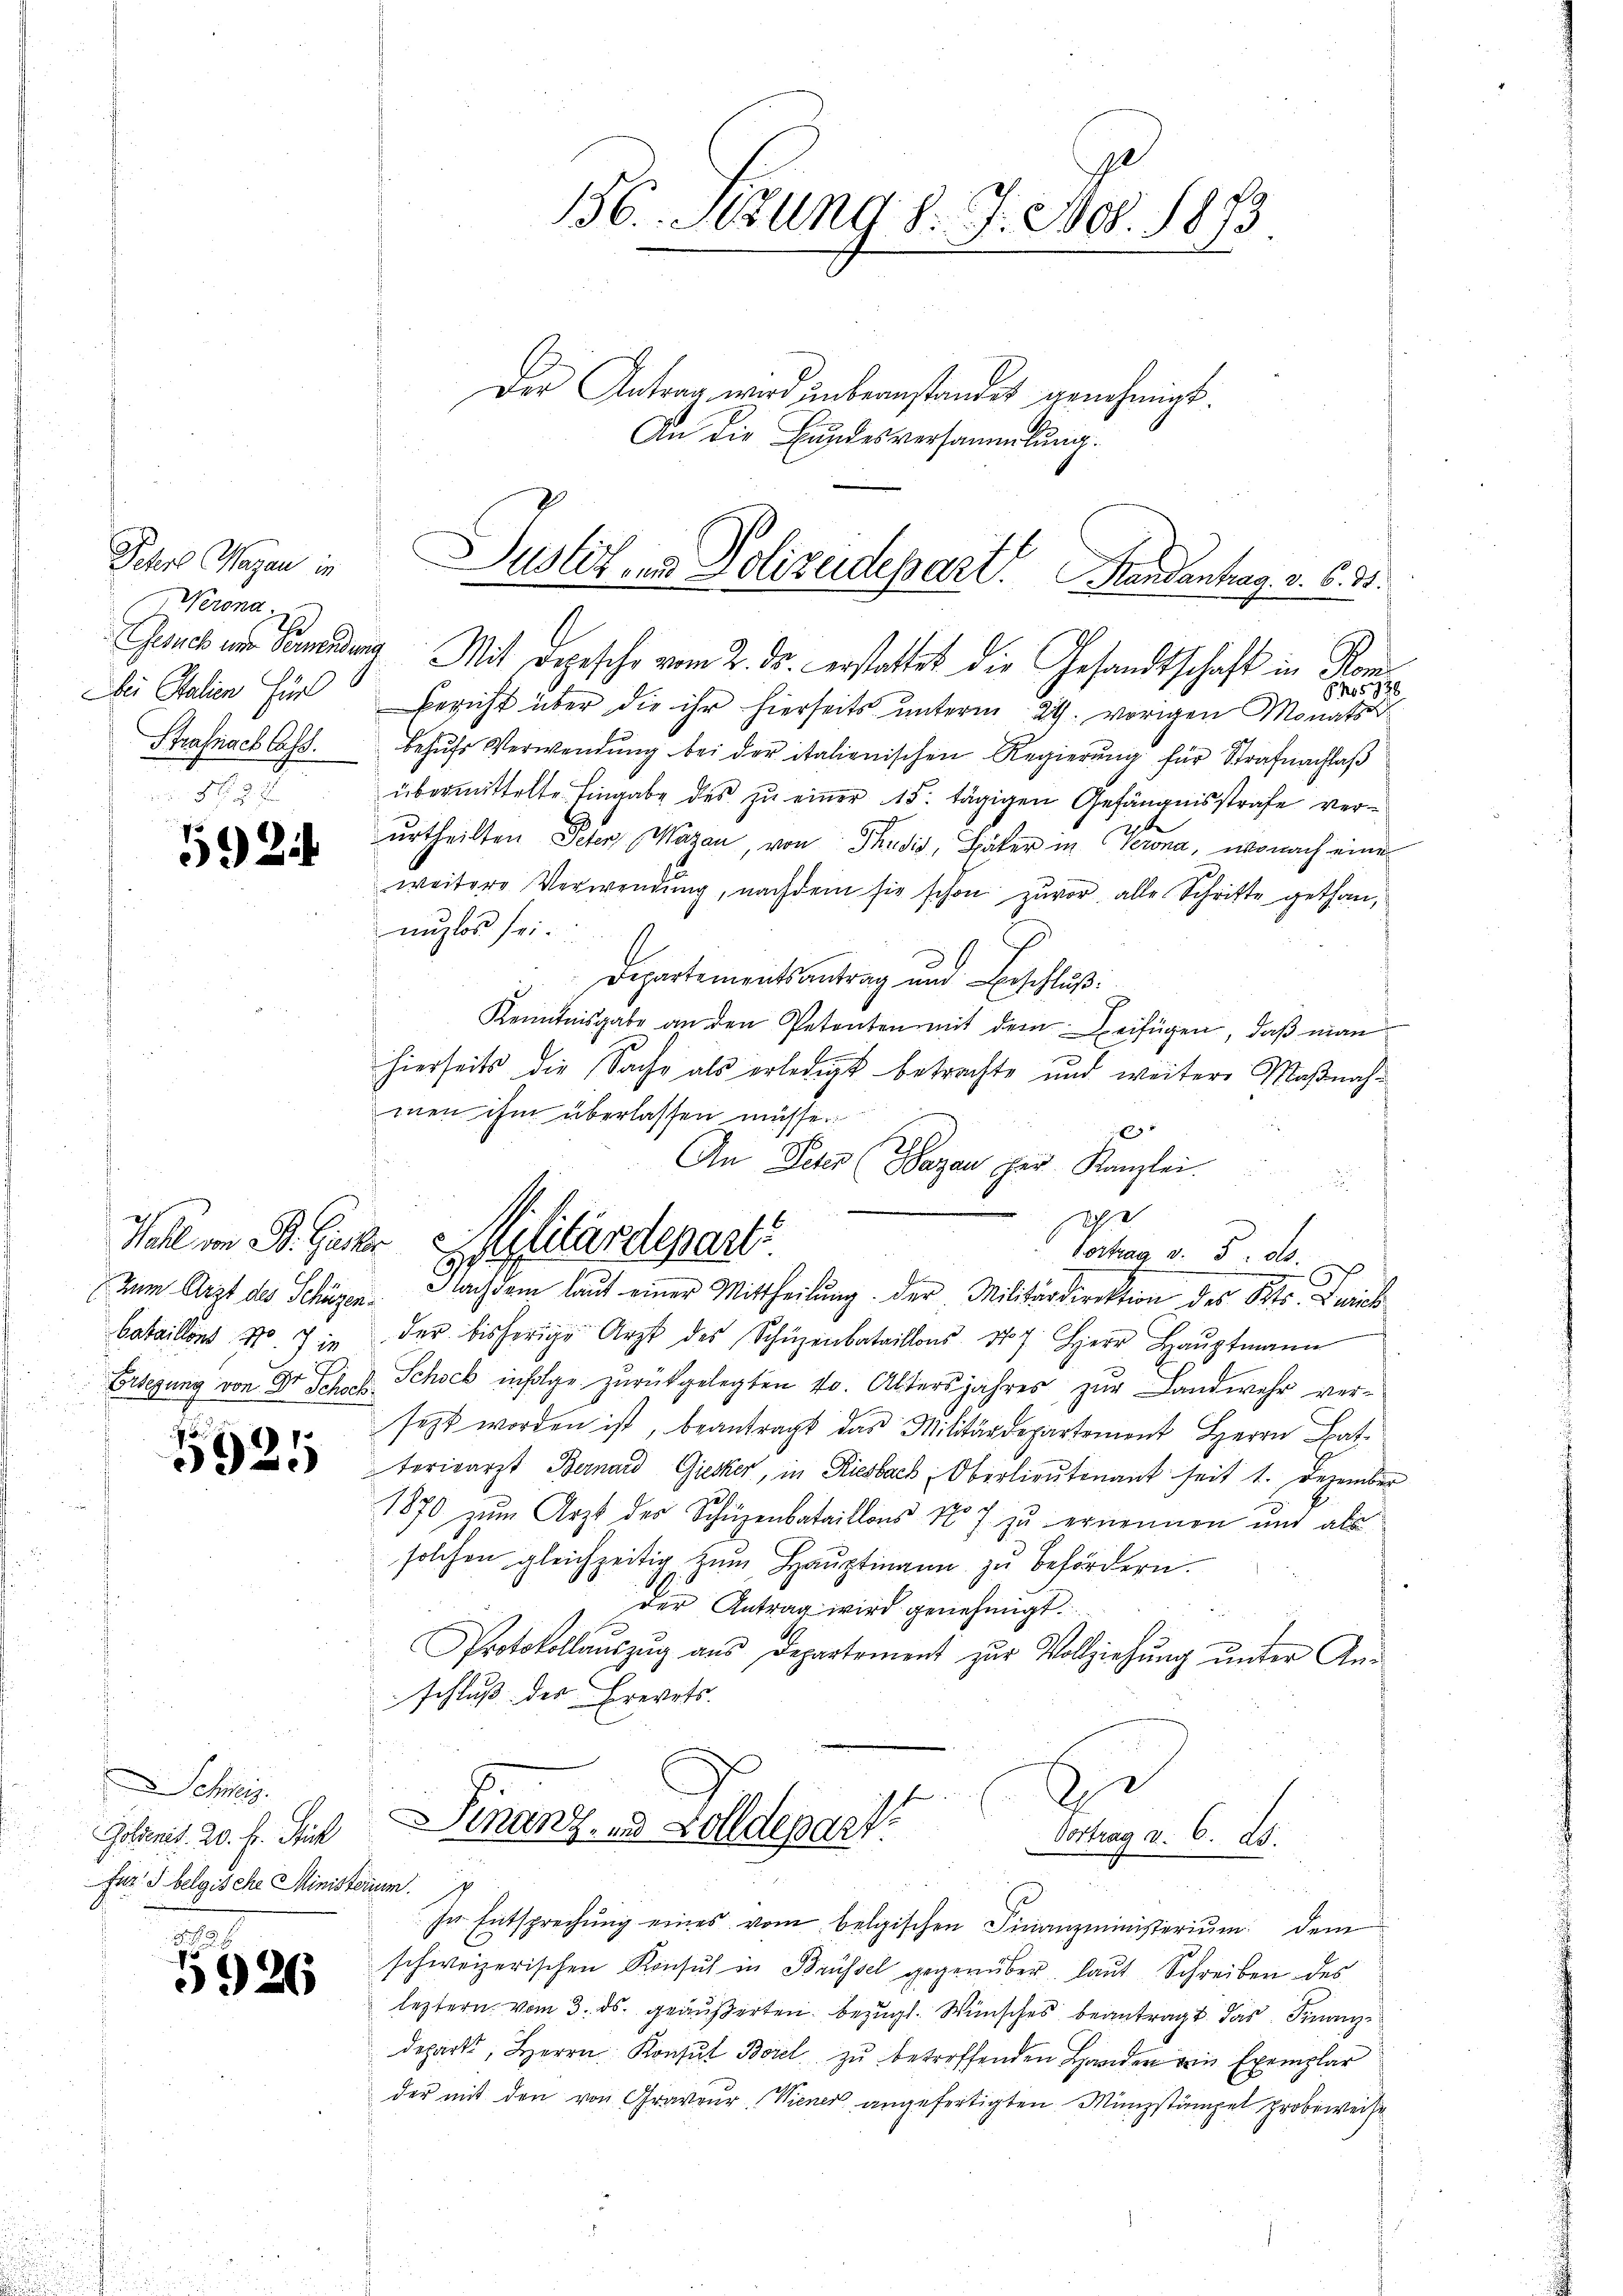
Den Wegen in
Werona
Dei Stalien für
Strafnach lass.
 832.

59 Zif

Zum Arzt des Schüzenbataillons No. 7 in
2
Erlegung von Dr Schock.

5924

Schweiz.
Goldenit. 20. Fr. Stück
für 3 belgische Ministern

3.
7
5926

136. Sitzung d. J. J. 1873

Der Antrag wird unbeanstandet genehmigt.
An die Bundesversammlung.

Justiz und Polizeidepart. Handantrag v. 6. 31.

Gesuch im Bewendung Mit Depesche vom 2. Dr. erstattet die Gesandtschaft in Kom¬
N05736
Bericht über die ihr hierseits unterm 24. vorigen Monats d
behŭfs Verwendŭng bei der italienischen Regierŭng für Strafnachlaβ
übermittelte Eingabe des zu einer 15. tägigen Gefängnisstrafe verurtheilten Peter Wagen, von Thudis, Später in Verona, wonach eine
weitere Verwendŭng, nachdem sie schon zuvor alle Schritte gethan,
nuzlos sei.
Departementsantrag und Beschluß:
Kenntnisgabe an den Petenten mit dem Beifügen, daß man
hierseits die Sache als erledigt betrachte und weitere Maßnahmen ihm überlassen müsse.
292
Vortrag v. 5. d.
Nach dem laut einer Mittheilung der Militärdirektion des Kts. Zwick
der bisherige Arzt des Schüzenbataillons 107. Herr Haŭptmann
Schock infolge zurückgelegten 10. Altersjahres zur Landwehr versezt worden ist, beantragt das Militärdepartement Herrn Ba
torisarzt Bernard Giesker, in Riesbach, Oberlieutenant seit 1. Dezember
2
1870 zum Arzt des Schüzenbataillons No 7 zu ernennen und als
solchen gleichzeitig zŭm Haŭptmann zu befördern.
der Antrag wird genehmigt.
Protokollaŭszŭg aŭs departement zur Vollziehŭng ŭnter An-
schluß des Brevets.
S
Finanz, und Zolldepart
Vortrag v. 6. ds.
um
d
In Entsprechŭng eines vom belgischen Finanzministerium dem
schweizerischen Konsŭch in Brüssel gegenüber laŭt Schreiben des
leztern vom 3. ds. geäußerten bezügl. Wunsches beantragt das Finanze
depart, Herrn Konsŭt Borel zŭ betreffenden Handen ein Exemplar
der mit den von Graveur, Wiener angefertigten Münzstämpel probeweise

An Peter (Barzan der Kanzlei.
Wohl in B. Gester Stylitärdepart